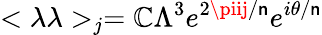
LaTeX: <\lambda\lambda>_{j}=\mathbb{C}\Lambda^{3}e^{2\piij/\mathsf{n}}e^{i\theta/\mathsf{n}}